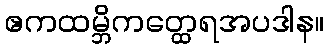
ဧကထမ္ဘိကတ္ထေရအပဒါန။